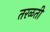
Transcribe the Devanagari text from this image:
तरळती